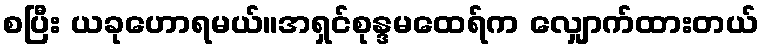
စပြီး ယခုဟောရမယ်။အရှင်စုန္ဒမထေရ်က လျှောက်ထားတယ်